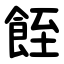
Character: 䬹